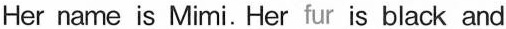
Her name is Mimi. Her fur is black and